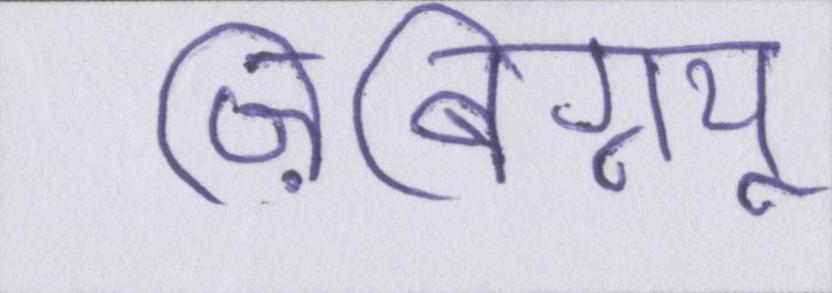
ज़िबिग्न्यू